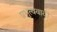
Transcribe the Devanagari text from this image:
प्रभुत्ववादी